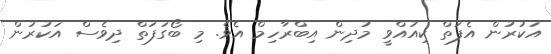
އަކުރުން އެފަތް ކިއުއްވީ މުދިން އިބްރާހިމް އެވެ. މި ބޯގަފަތް ދިވެސް އަކުރުން